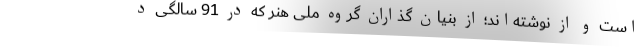
است و از نوشته‌اند؛ از بنیان گذاران گروه ملی هنر که در 91 سالگی د